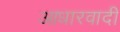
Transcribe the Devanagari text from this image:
आधारवादी